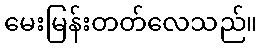
မေးမြန်းတတ်လေသည်။